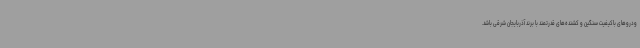
ودروهای باکیفیت سنگین و کشنده‌های قدرتمند با برند آذربایجان شرقی باشد.